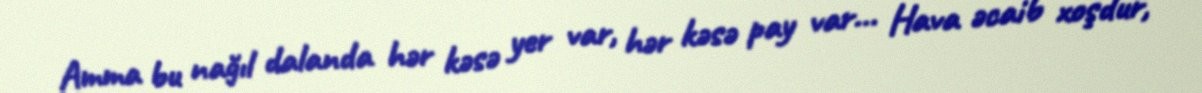
Amma bu nağıl dalanda hər kəsə yer var, hər kəsə pay var... Hava əcaib xoşdur,